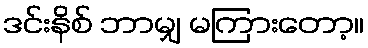
ဒင်းနိစ် ဘာမျှ မကြားတော့။